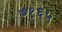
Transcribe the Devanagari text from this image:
७१६५